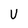
Character: V